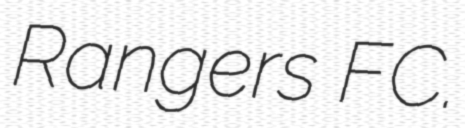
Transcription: Rangers FC.